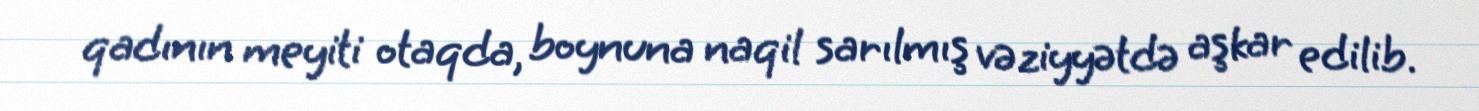
qadının meyiti otaqda, boynuna naqil sarılmış vəziyyətdə aşkar edilib.